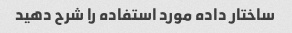
ساختار داده مورد استفاده را شرح دهید